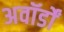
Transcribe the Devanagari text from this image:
अवॉर्डों